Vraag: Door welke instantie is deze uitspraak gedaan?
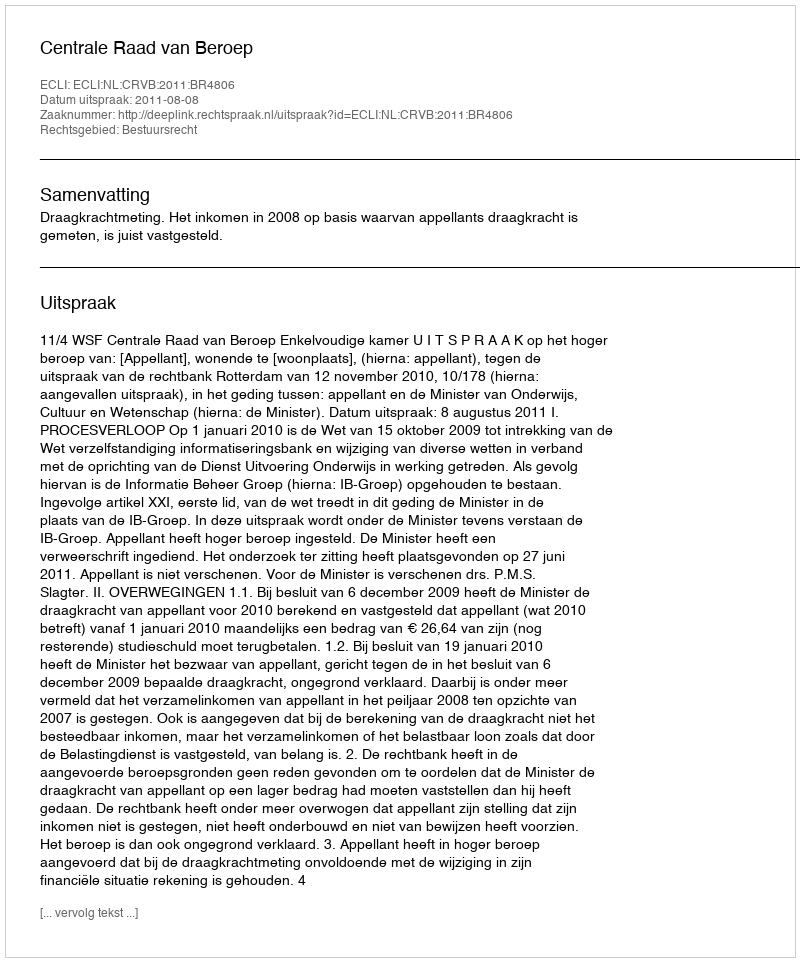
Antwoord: Centrale Raad van Beroep